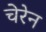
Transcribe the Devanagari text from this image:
चेरेन